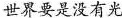
世界要是没有光